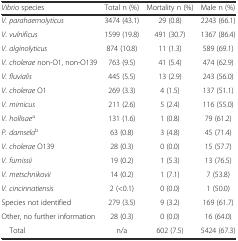
<table><thead><tr><td><b><i>Vibrio</i> species</b></td><td><b>Total n (%)</b></td><td><b>Mortality n (%)</b></td><td><b>Male n (%)</b></td></tr></thead><tbody><tr><td><i>V. parahaemolyticus</i></td><td>3474 (43.1)</td><td>29 (0.8)</td><td>2243 (66.1)</td></tr><tr><td><i>V. vulnificus</i></td><td>1599 (19.8)</td><td>491 (30.7)</td><td>1367 (86.4)</td></tr><tr><td><i>V. alginolyticus</i></td><td>874 (10.8)</td><td>11 (1.3)</td><td>589 (69.1)</td></tr><tr><td><i>V. cholerae</i> non-O1, non-O139</td><td>763 (9.5)</td><td>41 (5.4)</td><td>474 (62.9)</td></tr><tr><td><i>V. fluvialis</i></td><td>445 (5.5)</td><td>13 (2.9)</td><td>243 (56.0)</td></tr><tr><td><i>V. cholerae</i> O1</td><td>269 (3.3)</td><td>4 (1.5)</td><td>137 (51.1)</td></tr><tr><td><i>V. mimicus</i></td><td>211 (2.6)</td><td>5 (2.4)</td><td>116 (55.0)</td></tr><tr><td><i>V. hollisae</i><sup>a</sup></td><td>131 (1.6)</td><td>1 (0.8)</td><td>79 (61.2)</td></tr><tr><td><i>P. damsela</i><sup>b</sup></td><td>63 (0.8)</td><td>3 (4.8)</td><td>45 (71.4)</td></tr><tr><td><i>V. cholerae</i> O139</td><td>28 (0.3)</td><td>0 (0.0)</td><td>15 (57.7)</td></tr><tr><td><i>V. furnissii</i></td><td>19 (0.2)</td><td>1 (5.3)</td><td>13 (76.5)</td></tr><tr><td><i>V. metschnikovii</i></td><td>14 (0.2)</td><td>1 (7.1)</td><td>7 (53.8)</td></tr><tr><td><i>V. cincinnatiensis</i></td><td>2 (&lt;0.1)</td><td>0 (0.0)</td><td>1 (50.0)</td></tr><tr><td>Species not identified</td><td>279 (3.5)</td><td>9 (3.2)</td><td>169 (61.7)</td></tr><tr><td>Other, no further information</td><td>28 (0.3)</td><td>0 (0.0)</td><td>16 (64.0)</td></tr><tr><td> Total</td><td>n/a</td><td>602 (7.5)</td><td>5424 (67.3)</td></tr></tbody></table>